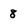
Character: 8